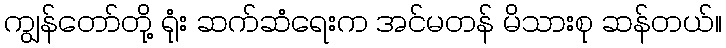
ကျွန်တော်တို့ ရုံး ဆက်ဆံရေးက အင်မတန် မိသားစု ဆန်တယ်။